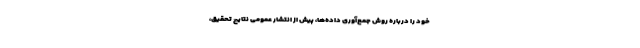
خود را درباره روش جمع‌آوری داده‌ها، پیش از انتشار عمومی نتایج تحقیق،